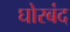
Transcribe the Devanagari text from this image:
घोरबंद